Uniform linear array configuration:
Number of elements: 24
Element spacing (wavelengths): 0.5
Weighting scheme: exponential
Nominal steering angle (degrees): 15
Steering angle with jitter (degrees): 13.507
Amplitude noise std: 0.05
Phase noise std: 0.05

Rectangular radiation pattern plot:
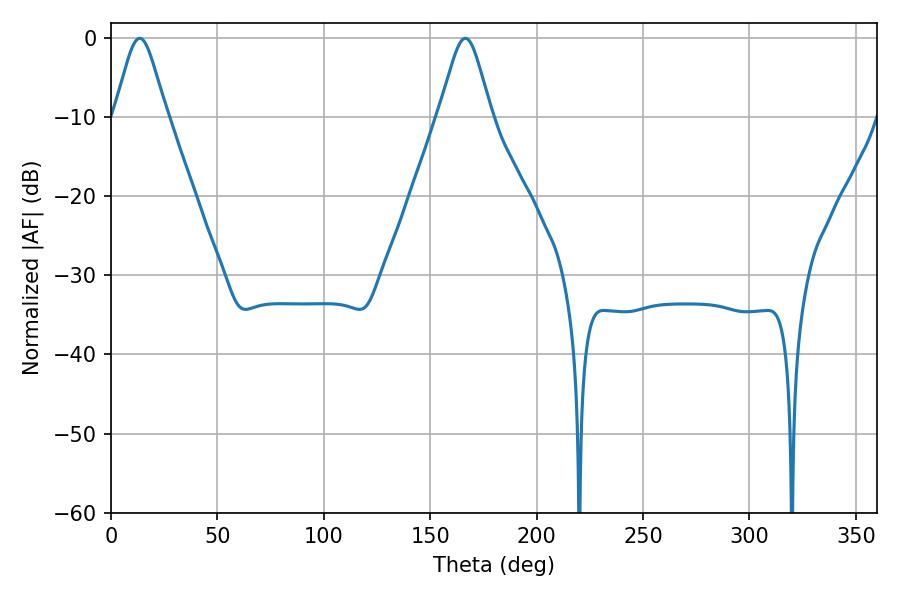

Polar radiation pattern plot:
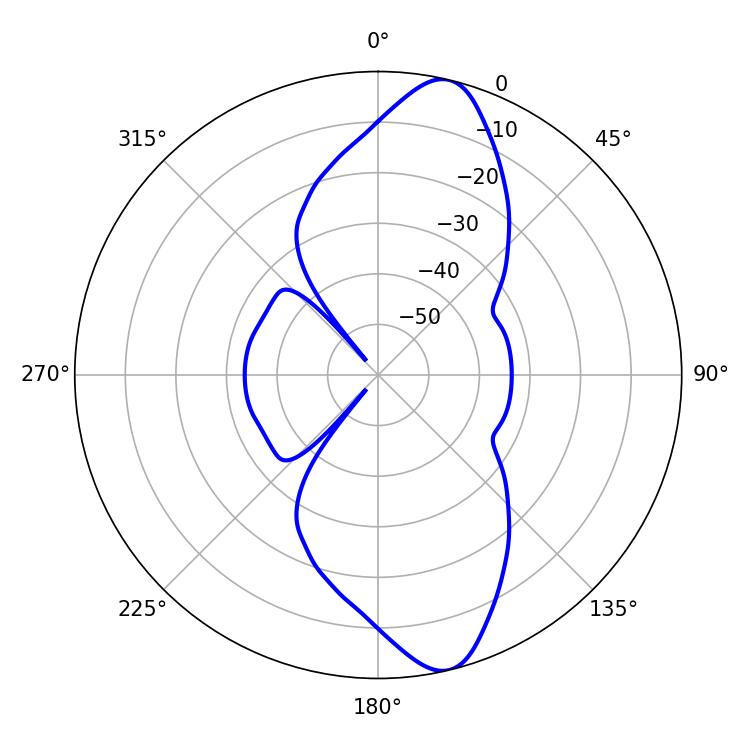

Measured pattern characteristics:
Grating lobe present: FALSE
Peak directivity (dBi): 12.29
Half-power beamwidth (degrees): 11.88
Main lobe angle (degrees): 13.5